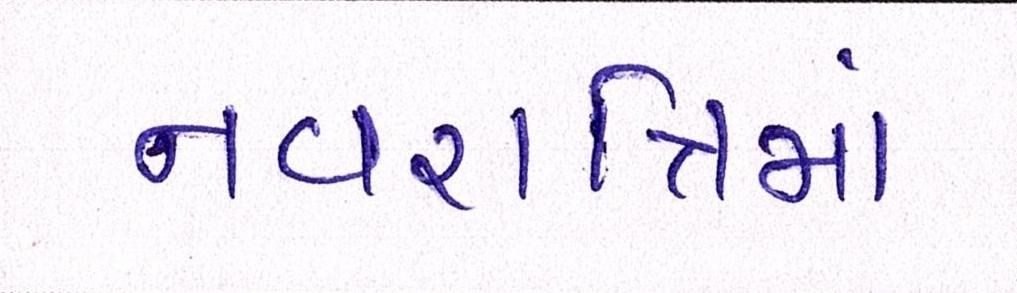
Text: નવરાત્રિમાં